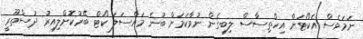
ނަމަވެސް އެކޯޓަށް އިހްތިސާސް ލިބިގެން ނުވާކަމަށް ބުނެ މައްސަލަ ކޯޓް ބޭރުކޮށްލިއިރު ދުސްތޫރީ